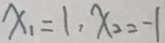
x _ { 1 } = 1 , x _ { 2 } = - 1